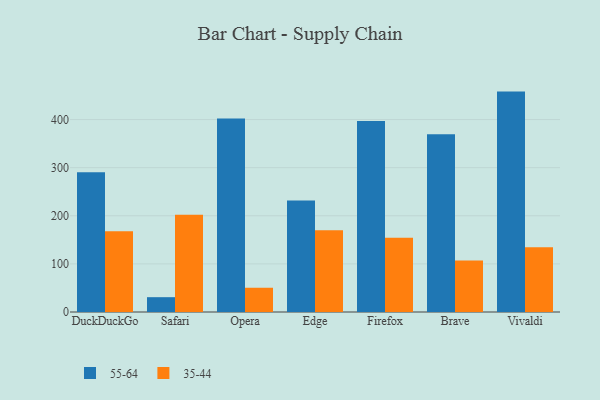
{"axis": {"x": "Browser", "y": "Demand Index"}, "legend": ["35-44", "55-64"], "data": [{"x": "DuckDuckGo", "y": 290.3, "type": "55-64"}, {"x": "DuckDuckGo", "y": 167.8, "type": "35-44"}, {"x": "Safari", "y": 30.8, "type": "55-64"}, {"x": "Safari", "y": 202.1, "type": "35-44"}, {"x": "Opera", "y": 402.1, "type": "55-64"}, {"x": "Opera", "y": 50.4, "type": "35-44"}, {"x": "Edge", "y": 231.5, "type": "55-64"}, {"x": "Edge", "y": 170.1, "type": "35-44"}, {"x": "Firefox", "y": 397.2, "type": "55-64"}, {"x": "Firefox", "y": 154.3, "type": "35-44"}, {"x": "Brave", "y": 369.7, "type": "55-64"}, {"x": "Brave", "y": 107.3, "type": "35-44"}, {"x": "Vivaldi", "y": 458.1, "type": "55-64"}, {"x": "Vivaldi", "y": 134.4, "type": "35-44"}]}